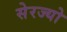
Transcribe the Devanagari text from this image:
सेरज्यो